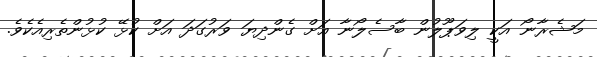
މަޝެރާނޯ އަކީ ލިވަޕޫލުން ބާސެލޯނާ އަށް ގެންދިޔަ ވަރުގަދަ އަށް ކުޅޭ ކުޅުންތެރިއެކެވެ.